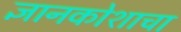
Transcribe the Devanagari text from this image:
ज्ञानकोशाचा